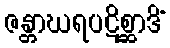
ဇန္တာဃရပဋိစ္ဆာဒိံ